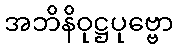
အဘိနိဝုဋ္ဌပုဗ္ဗော